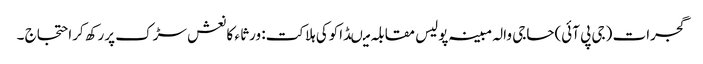
گجرات (جی پی آئی)حاجی والہ مبینہ پولیس مقابلہ میںڈاکوکی ہلاکت: ورثا ء کا نعش سڑک پررکھ کراحتجاج ۔